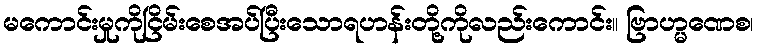
မကောင်းမှုကိုငြိမ်းစေအပ်ပြီးသောရဟန်းတို့ကိုလည်းကောင်း။ ဗြာဟ္မဏေစ၊